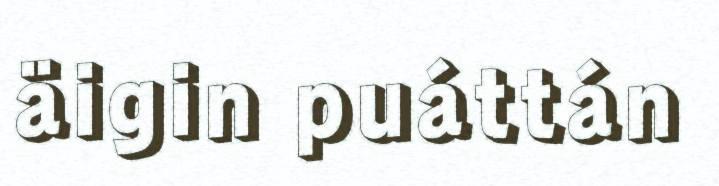
äigin puáttán